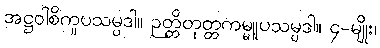
အဋ္ဌဝါစိကူပသမ္ပဒါ။ ဉတ္တိတုတ္တကမ္မူပသမ္ပဒါ။ ၄-မျိုး၊